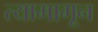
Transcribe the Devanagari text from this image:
त्यामागून